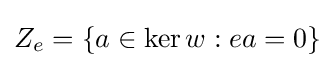
Z_{e}=\{a\in \ker w:ea=0\}